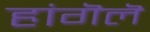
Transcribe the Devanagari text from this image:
हांगॆलॆ